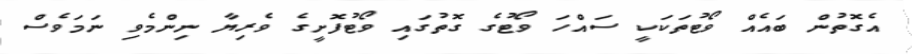
އެގޮތުން ބައެއް ވޯޓުތަކަކީ ސައްހަ ވޯޓުގެ ގޮތުގައި ވޯޓުފޮށީގެ ވެރިޔާ ނިންމެވި ނަމަވެސް